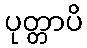
ပုတ္တာပိ